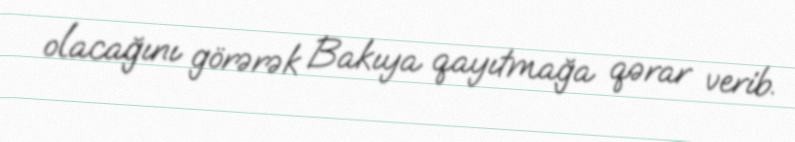
olacağını görərək Bakıya qayıtmağa qərar verib.